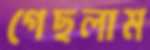
গেছলাম